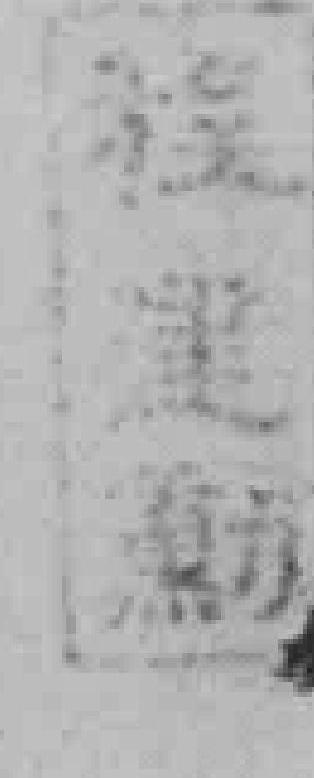
*勲